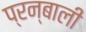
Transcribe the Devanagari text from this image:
प्रन्बाली